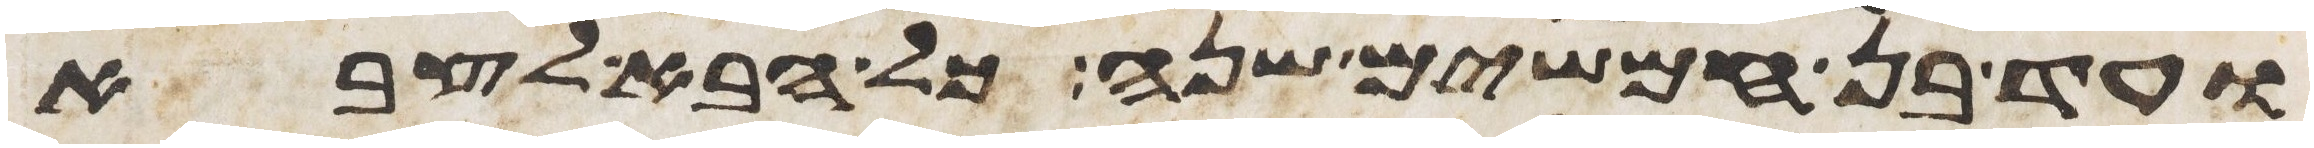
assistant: ועד בן חמשים שנה כל הבא לצבא